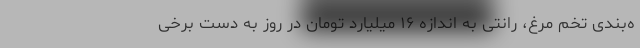
ه‌بندی تخم مرغ، رانتی به اندازه ۱۶ میلیارد تومان در روز به دست برخی